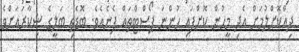
ދިއްކޮށްލުމަށް އެދި މީހުން ކޮށްފައި ހުންނަ ޕޯސްޓްތައް ފެނެއެވެ. ބޮޑެތި ބަލީގެ ޝިކާރައަށްވެ